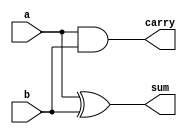
module half_adder(sum,carry,a,b);
input a,b;
output sum,carry;
xor(sum,a,b);
and(carry,a,b);
endmodule
module full_adder(
 output S, Cout, input X1, X2, Cin
  
  );  
    reg[1:0] temp;
   always @(*)
   begin
   temp = {1'b0,X1} + {1'b0,X2}+{1'b0,Cin};
   end
   assign S = temp[0];
   assign Cout = temp[1];
   endmodule
module wallace_multiplier(a,b,prod);
   
    //inputs and outputs
    input [3:0] a,b;
    output [7:0] prod;
    //internal variables.
    wire s0,s1,s2,s3,s4,s5,s6,s7,s8,s9,s10,s11,c0,c1,c2,c3,c4,c5,c6,c7,c8,c9,c10,c11;
   
    reg p[3:0][3:0];
   integer i,j;
   always@(a or b)
   begin
   for (i=0;i<=3;i=i+1)
       for(j=0;j<=3;j=j+1)
       p[j][i]<=a[j] & b[i];
       end

//final product assignments    

 assign    prod[0] = p[0][0];
 assign     prod[1] = s0;
  assign    prod[2] = s4;
assign      prod[3] = s8;
 assign     prod[4] = s9;
  assign    prod[5] = s10;
 assign     prod[6] = s11;
  assign    prod[7] = c11;


//first stage
    half_adder h1(s0,c0,p[0][1],p[1][0]);
    full_adder f1(s1,c1,p[0][2],p[1][1],p[2][0]);
    full_adder f2(s2,c2,p[0][3],p[1][2],p[2][1]);
    full_adder f3(s3,c3,p[1][3],p[2][2],1'b0);
   

//second stage
 
    full_adder f4(s4,c4,s1,c0,1'b0);
    full_adder f5(s5,c5,s2,c1,p[3][0]);
    full_adder f6(s6,c6,s3,c2,p[3][1]);
    full_adder f7(s7,c7,p[2][3],c3,p[3][2]);

//third stage
   full_adder f8(s8,c8,s5,c4,1'b0);
    full_adder f9(s9,c9,s6,c8,c5);
    full_adder f10(s10,c10,s7,c6,c9);
    full_adder f11(s11,c11,p[3][3],c7,c10);
 
endmodule